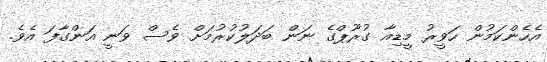
އެހެންކަމުން ހަވީރު މީޑިއާ ގުރޫޕްގެ ނަން ބަދަލުކުރުމަށް ވެސް ވަނީ އަންގާފަ އެވެ.